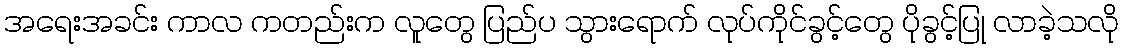
အရေးအခင်း ကာလ ကတည်းက လူတွေ ပြည်ပ သွားရောက် လုပ်ကိုင်ခွင့်တွေ ပိုခွင့်ပြု လာခဲ့သလို